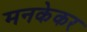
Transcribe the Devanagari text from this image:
मनकेकर